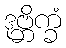
ဒုဗ္ဘိက္ခံ